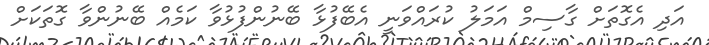
އަދި އެގޮތަށް ގާސިމް އަމަލު ކުރައްވަނީ އެބޭފުޅާ ބޭނުންފުޅުވާ ކަމެއް ބޭނުންވާ ގޮތަކަށް